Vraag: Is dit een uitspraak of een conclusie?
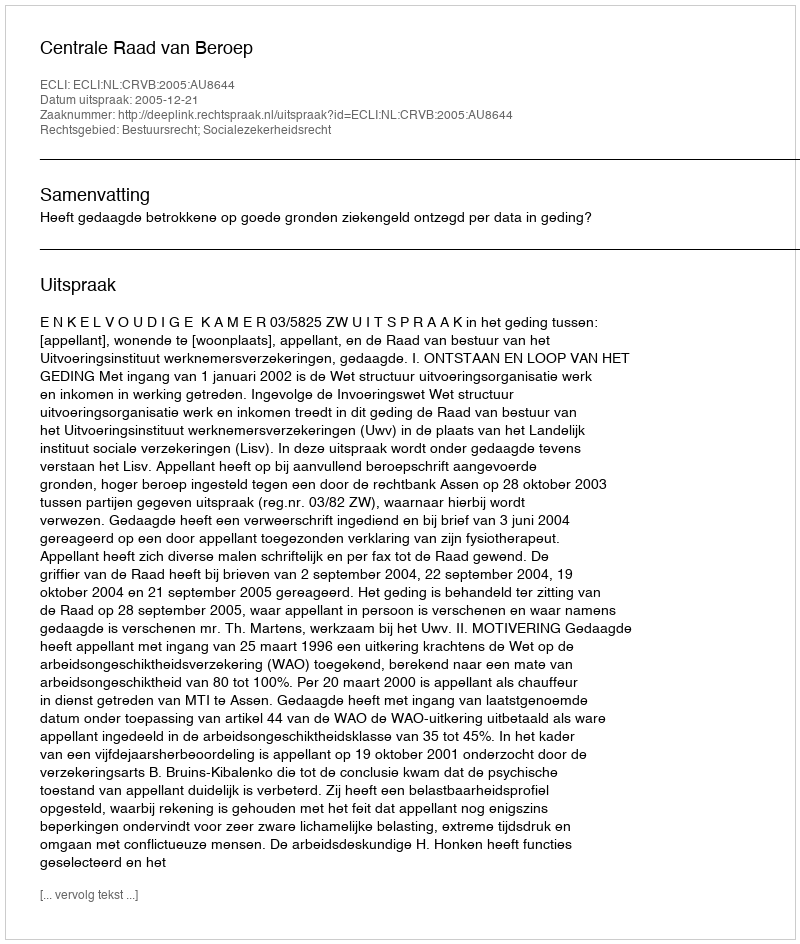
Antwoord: Uitspraak